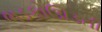
ભડકોઊડતી